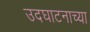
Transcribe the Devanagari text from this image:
उदघाटनाच्या